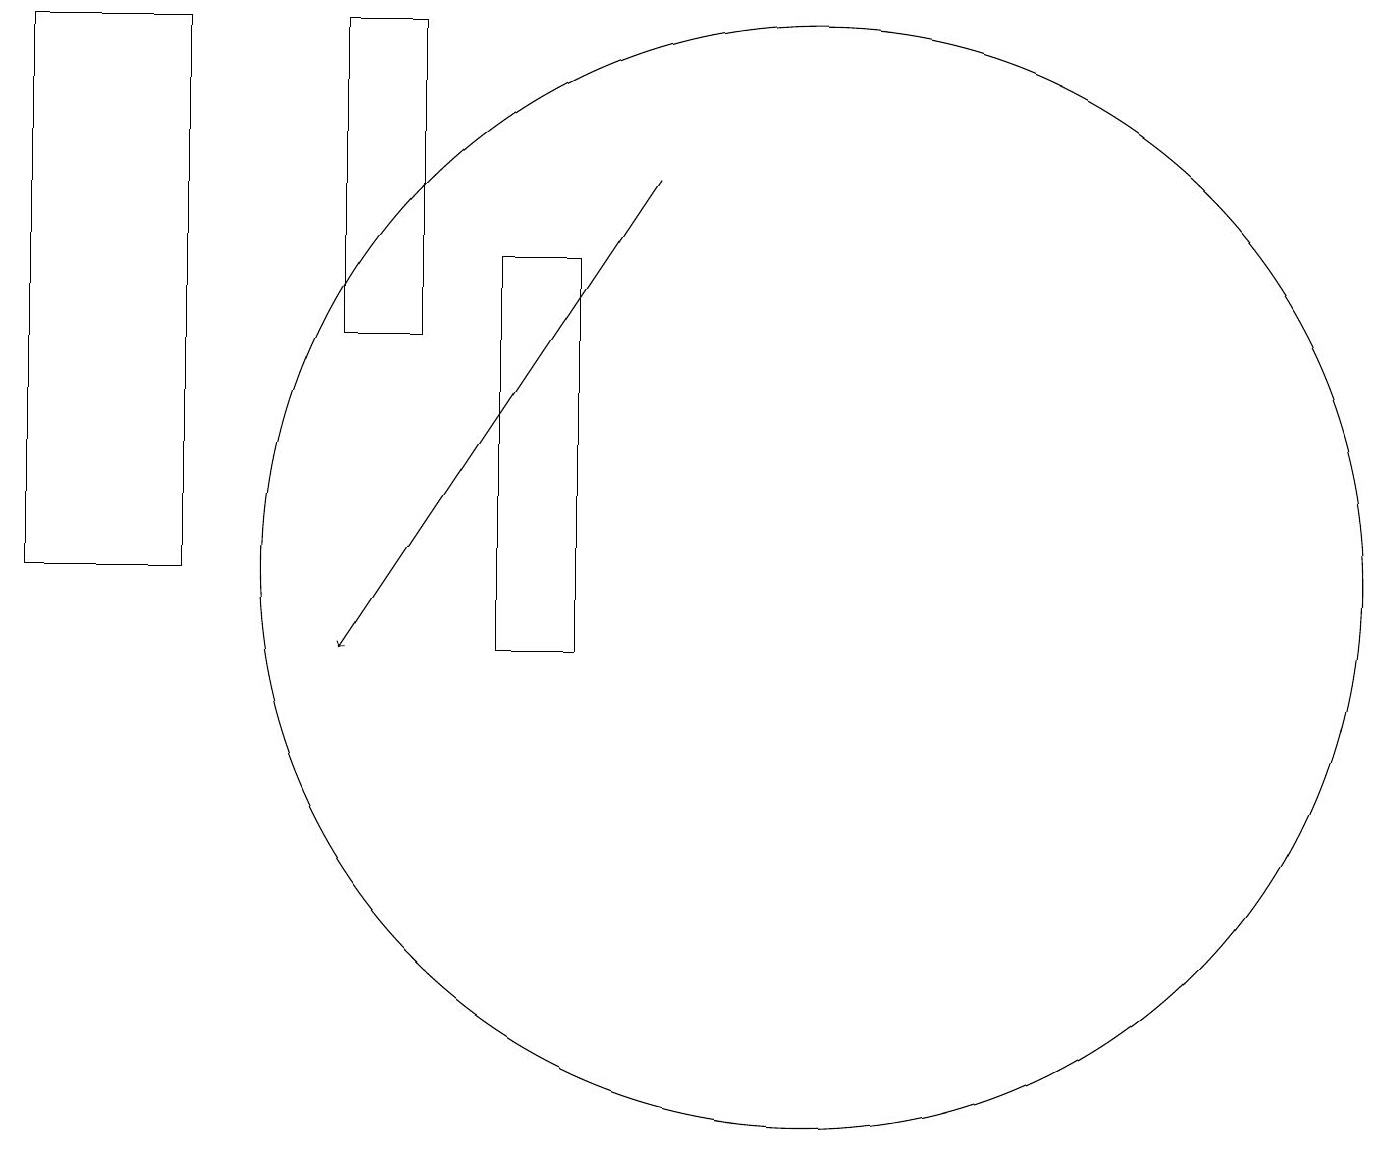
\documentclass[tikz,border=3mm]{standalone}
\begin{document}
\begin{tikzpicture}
\draw (6,18) rectangle (5,14);
\draw (8,10) rectangle (7,15);
\draw[->] (9,16) -- (5,10);
\draw (3,18) rectangle (1,11);
\draw (11,11) circle (7);
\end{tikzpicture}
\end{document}